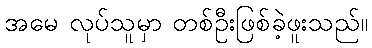
အမေ လုပ်သူမှာ တစ်ဦးဖြစ်ခဲ့ဖူးသည်။